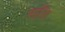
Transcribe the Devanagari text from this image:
शाॅन